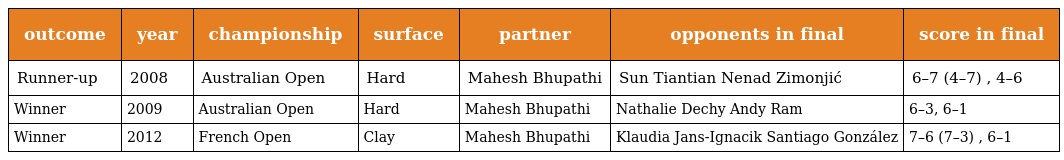
| outcome | year | championship | surface | partner | opponents in final | score in final |
 | --- | --- | --- | --- | --- | --- | --- |
 | Runner-up | 2008 | Australian Open | Hard | Mahesh Bhupathi | Sun Tiantian Nenad Zimonjić | 6–7 (4–7) , 4–6 |
 | Winner | 2009 | Australian Open | Hard | Mahesh Bhupathi | Nathalie Dechy Andy Ram | 6–3, 6–1 |
 | Winner | 2012 | French Open | Clay | Mahesh Bhupathi | Klaudia Jans-Ignacik Santiago González | 7–6 (7–3) , 6–1 |